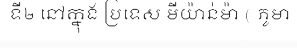
ទី២ នៅក្នុង ប្រទេស មីយ៉ាន់ម៉ា ( ភូមា